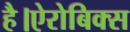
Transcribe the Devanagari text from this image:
है।ऐरोबिक्स